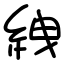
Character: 絏